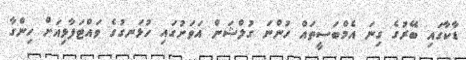
ޑާކާގައި ބޭރުގެ ގިނަ އެމްބަސީތައް ހުންނަ ގުލްޝަން އަވަށުގައި ހުޅަނގުގެ ވައްޓަފާޅިއަށް ހިންގާ